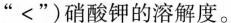
“<”)硝酸钾的溶解度。